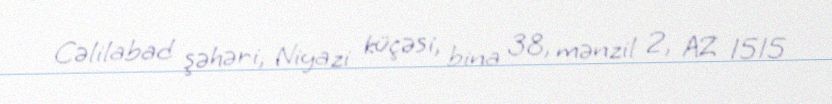
Cəlilabad şəhəri, Niyazi küçəsi, bina 38, mənzil 2, AZ 1515